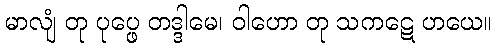
မာလျံ တု ပုပ္ဖေ တဒ္ဒါမေ၊ ဝါဟော တု သကဋေ ဟယေ။